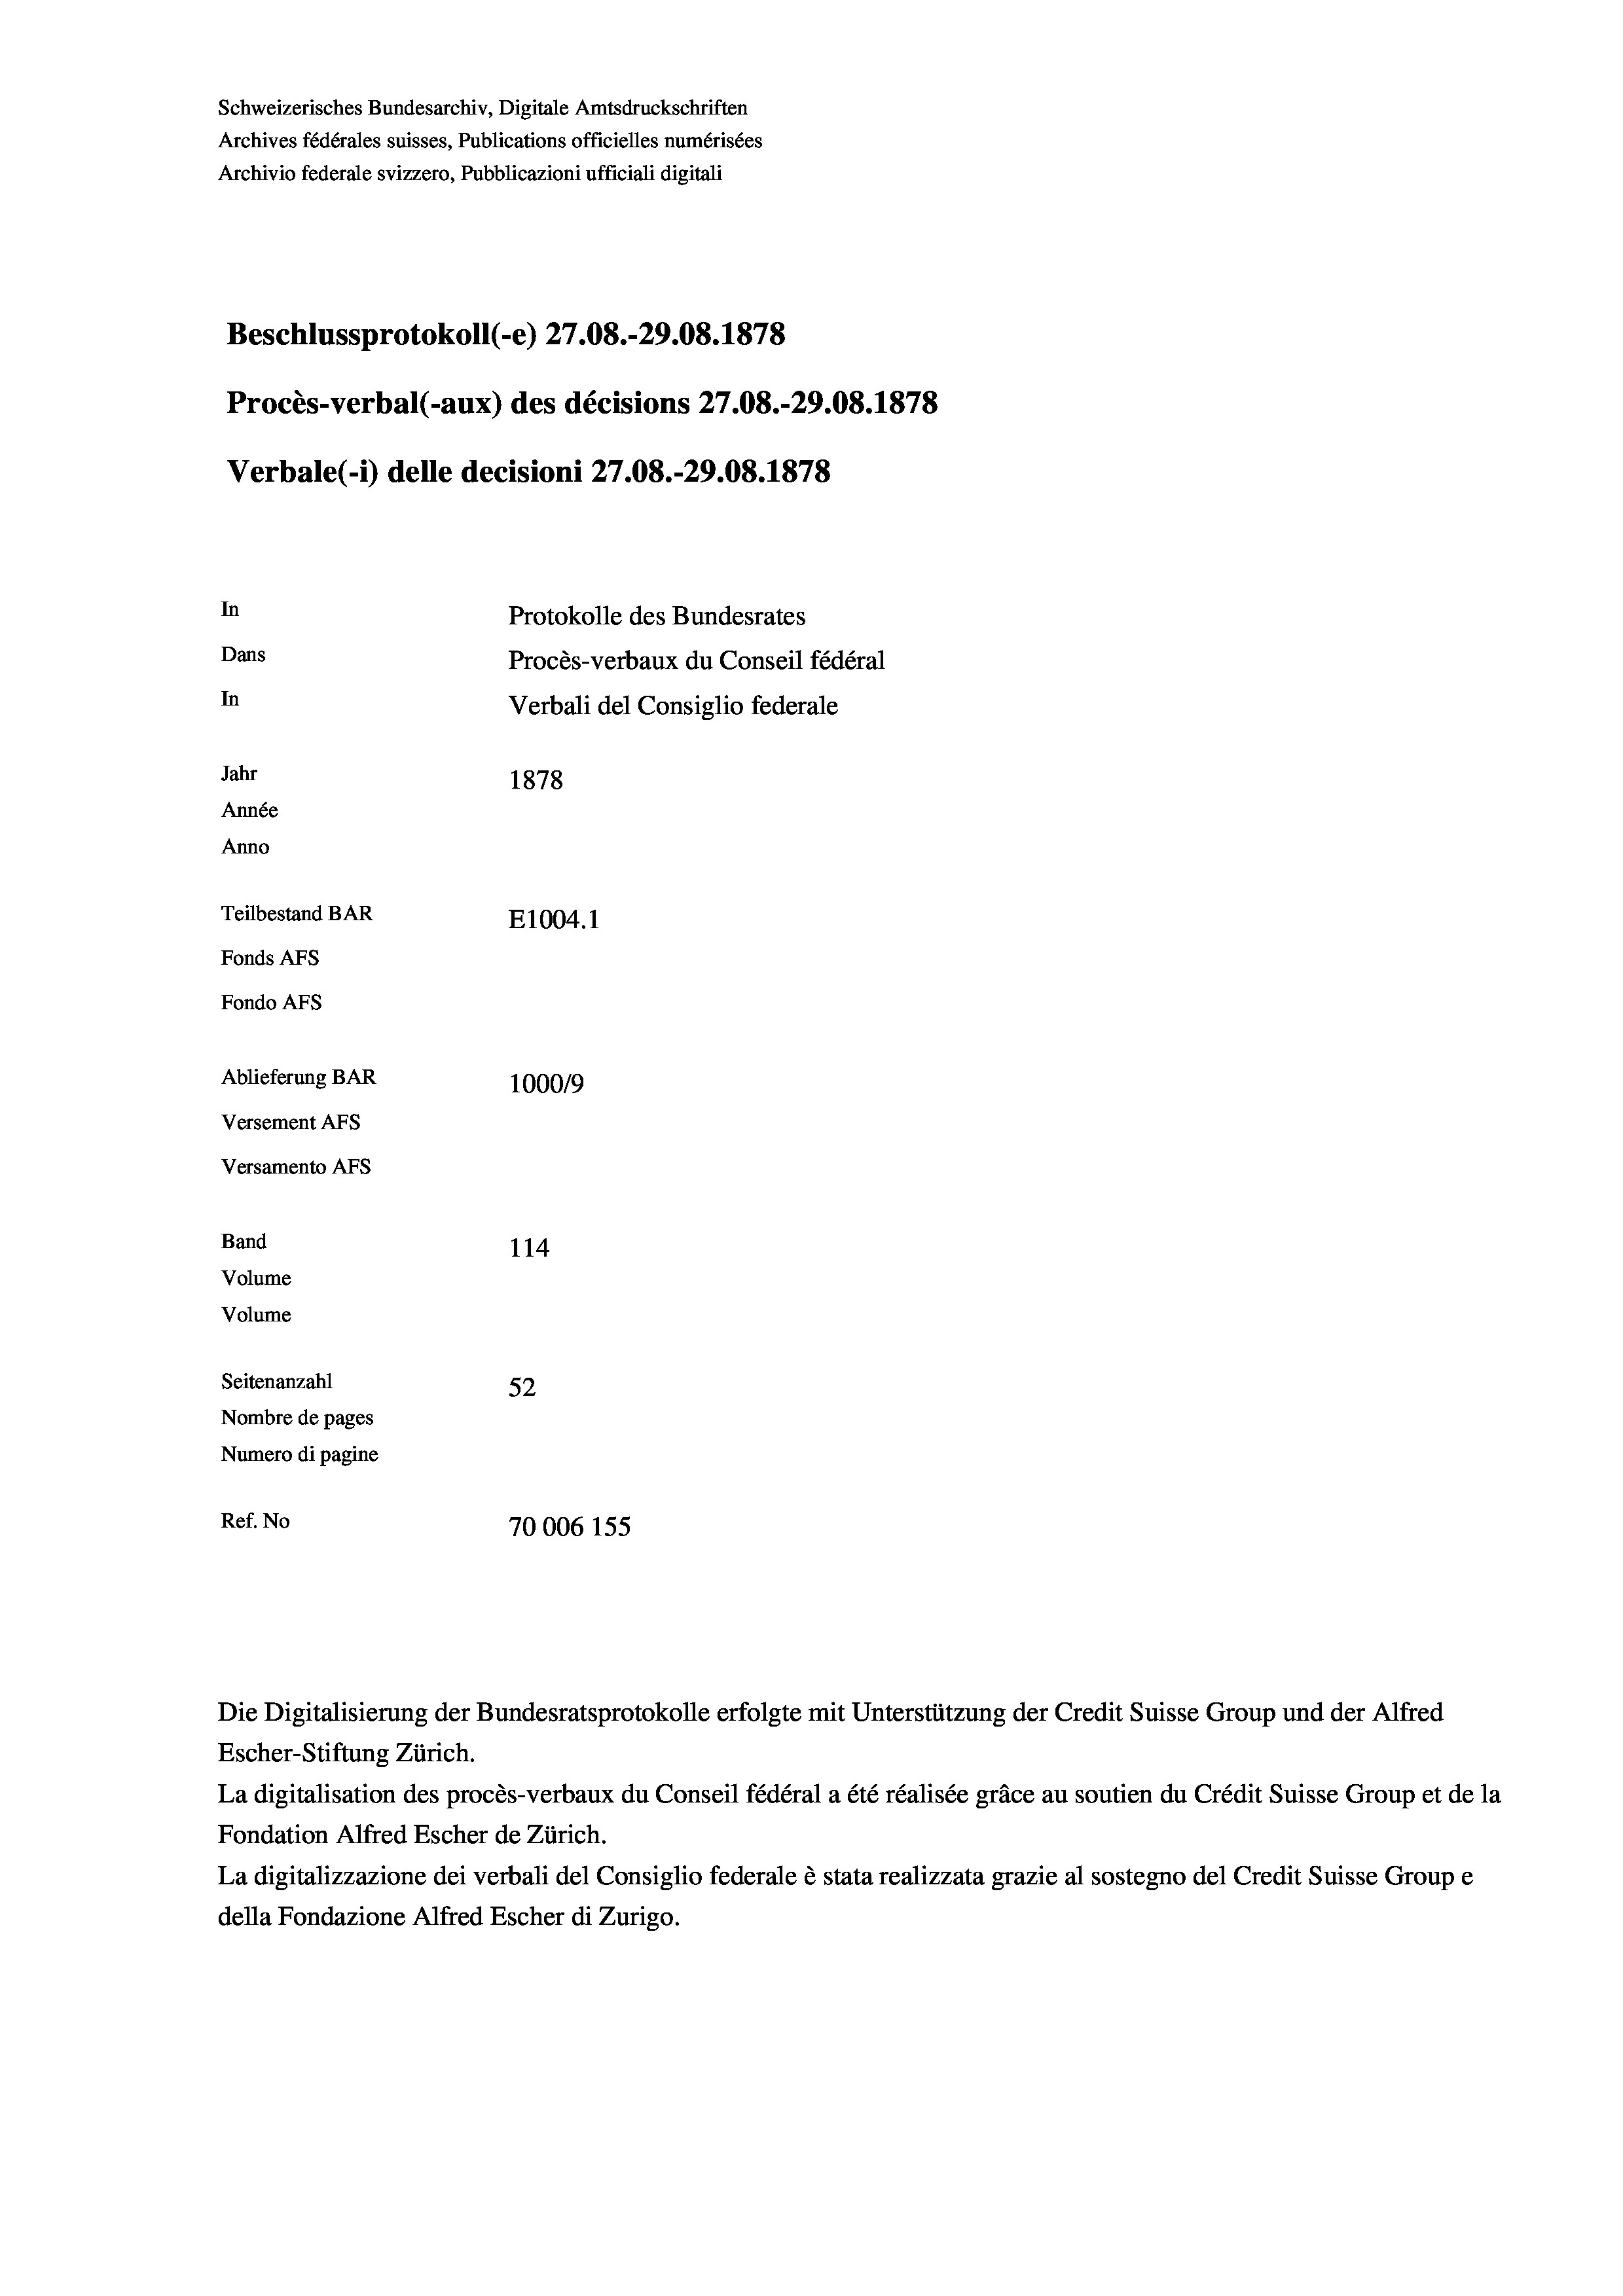
Schweizerisches Bundesarchiv, Digitale Amtsdruckschriften
Archives fédérales suisses, Publications officielles numérisées
Archivio federale svizzero, Pubblicazioni ufficiali digitali
Beschlussprotokoll (-e) 27.08.-29.08. 1878
Procès-verbal (-aux) des décisions 27.08.-29.08. 1878
Verbale(*) delle decisioni 27.08.-29.08. 1878
In
Protokolle des Bundesrates
Dans
Procès-verbaux du Conseil fédéral
In
Verbali del Consiglio federale
Jahr
1878
Année
Anno
Teilbestand BAR
E1004.1
Fonds AFs
Fondo Afs
Ablieferung BAR
100019
Versement AFs
Versamento AFs
Band
114

Volume
Volume
Seitenanzahl
52
Nombre de pages
Numero di pagine
Ref. No
70006 155

Escher-Stiftung Zürich.
La digitalisation des procès-verbaux du Conseil fédéral a été réalisée gräce au soutien du Crédit Suisse Group et de la
Fondation Alfred Escher de Zürich.
La digitalizzazione dei verbali del Consiglio federale è stata realizzata grazie al sostegno del Credit Suisse Groupe
della Fondazione Alfred Escher di Zurigo.

Die Digitalisierung der Bundesratsprotokolle erfolgte mit Unterstützung der Credit Suisse Group und der Alfred